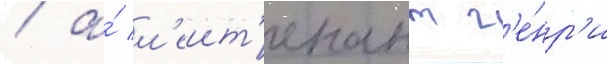
/ а́ л'еит'енант г'е́нр'и